Indian journal of veterinary science and animal husbandry - Volume 1,
Year: 1931
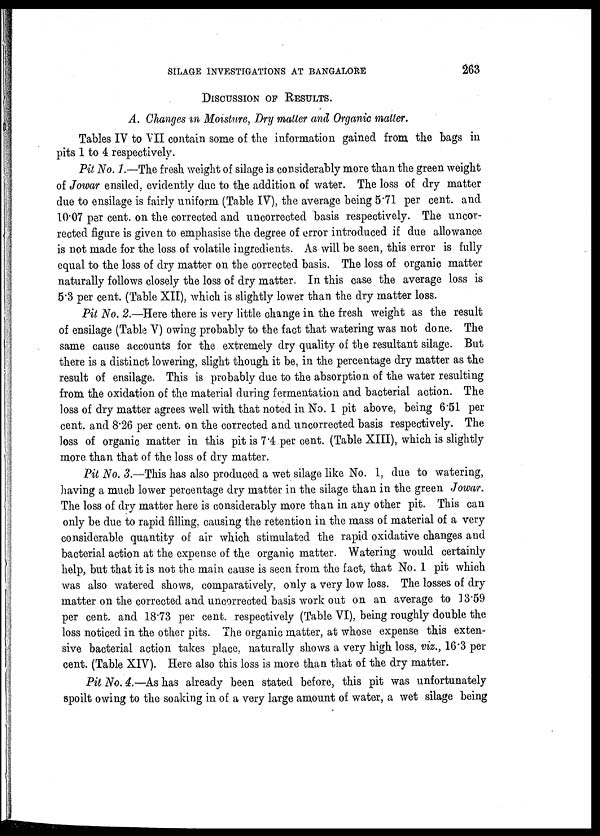
SILAGE INVESTIGATIONS AT BANGALORE
263
DISCUSSION OF RESULTS.
A. Changes in Moisture, Dry matter and Organic matter.
Tables IV to VII contain some of the information gained from the bags in
pits 1 to 4 respectively.
Pit No. 1.—The fresh weight of silage is considerably more than the green weight
of Jowar ensiled, evidently due to the addition of water. The loss of dry matter
due to ensilage is fairly uniform (Table IV), the average being 5.71 per cent. and
10.07 per cent. on the corrected and uncorrected basis respectively. The uncor-
rected figure is given to emphasise the degree of error introduced if due allowance
is not made for the loss of volatile ingredients. As will be seen, this error is fully
equal to the loss of dry matter on the corrected basis. The loss of organic matter
naturally follows closely the loss of dry matter. In this case the average loss is
5.3 per cent. (Table XII), which is slightly lower than the dry matter loss.
Pit No. 2.—Here there is very little change in the fresh weight as the result
of ensilage (Table V) owing probably to the fact that watering was not done. The
same cause accounts for the extremely dry quality of the resultant silage. But
there is a distinct lowering, slight though it be, in the percentage dry matter as the
result of ensilage. This is probably due to the absorption of the water resulting
from the oxidation of the material during fermentation and bacterial action. The
loss of dry matter agrees well with that noted in No. 1 pit above, being 6.51 per
cent. and 8.26 per cent. on the corrected and uncorrected basis respectively. The
loss of organic matter in this pit is 7.4 per cent. (Table XIII), which is slightly
more than that of the loss of dry matter.
Pit No. 3.—This has also produced a wet silage like No. 1, due to watering,
having a much lower percentage dry matter in the silage than in the green Jowar.
The loss of dry matter here is considerably more than in any other pit. This can
only be due to rapid filling, causing the retention in the mass of material of a very
considerable quantity of air which stimulated the rapid oxidative changes and
bacterial action at the expense of the organic matter. Watering would certainly
help, but that it is not the main cause is seen from the fact, that No. 1 pit which
was also watered shows, comparatively, only a very low loss. The losses of dry
matter on the corrected and uncorrected basis work out on an average to 13.59
per cent. and 18.73 per cent. respectively (Table VI), being roughly double the
loss noticed in the other pits. The organic matter, at whose expense this exten-
sive bacterial action takes place, naturally shows a very high loss, viz., 16.3 per
cent. (Table XIV). Here also this loss is more than that of the dry matter.
Pit No. 4.—As has already been stated before, this pit was unfortunately
spoilt owing to the soaking in of a very large amount of water, a wet silage being